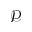
\mathcal { P }